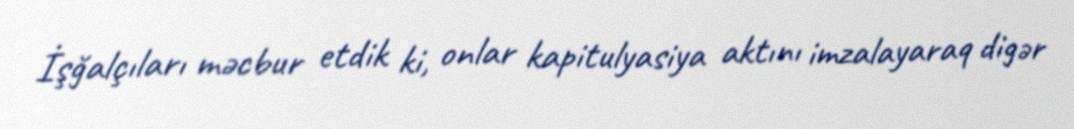
İşğalçıları məcbur etdik ki, onlar kapitulyasiya aktını imzalayaraq digər